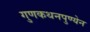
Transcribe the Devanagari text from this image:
गुणकथनपुण्येन